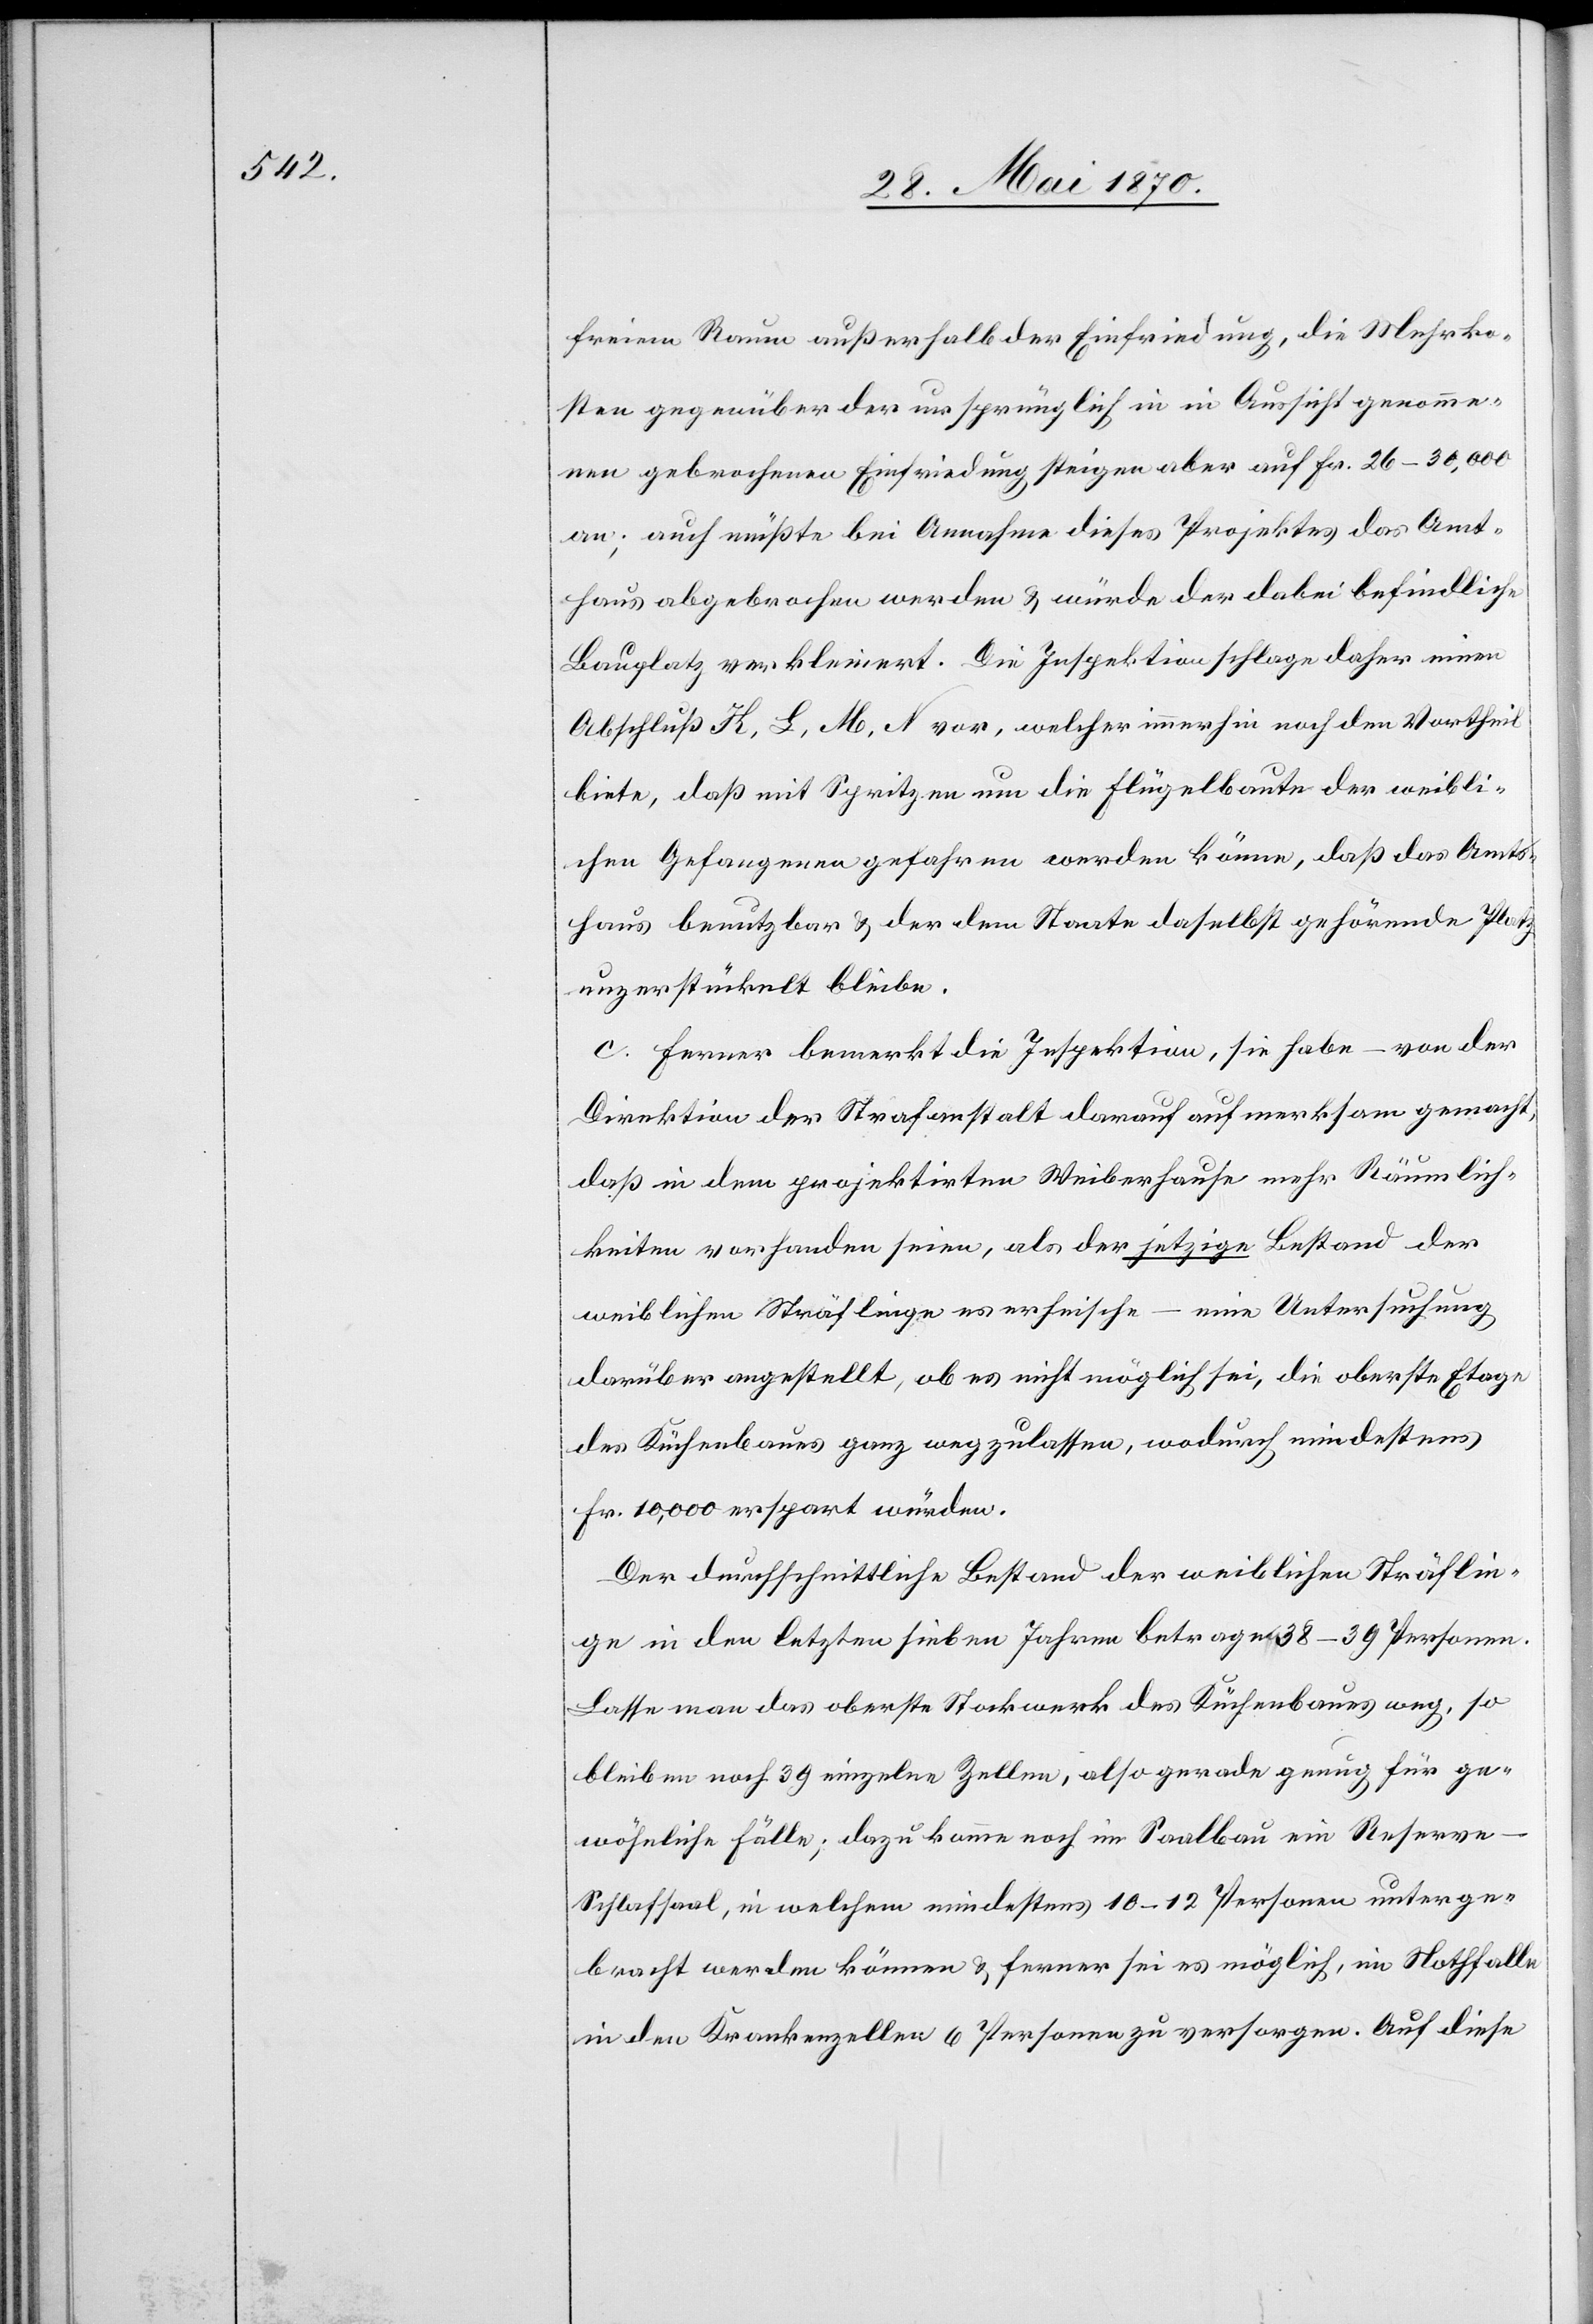
freiem Raum außerhalb der Einfriedung, die Mehrko¬
sten gegenüber der ursprünglich in in [sic!] Aussicht genomm¬
en gebrochenen Einfriedung steigen aber auf Fr. 26–30,000
an; auch müßte bei Annahme dieses Projektes das Amt¬
haus abgebrochen werden & würde der dabei befindliche
Bauplatz verkleinert. Die Inspektion schlage daher einen
Abschluß K, L, M, N vor, welcher immerhin noch den Vortheil
biete, daß mit Spritzen um die Flügelbaute der weibli¬
chen Gefangenen gefahren werden könne, daß das Amta-s-a¬
haus benutzbar & der dem Staate daselbst gehörende Platz
unzerstückelt bliebe.
c. Ferner bemerkt die Inspektion, sie habe – von der
Direktion der Strafanstalt darauf aufmerksam gemacht,
daß in dem projektirten Weiberhause mehr Räumlich¬
keiten vorhanden seien, als der jetzige Bestand der
weiblichen Sträflinge es erheische – eine Untersuchung
darüber angestellt, ob es nicht möglich sei, die oberste Etage
des Küchenbaues ganz wegzulassen, wodurch mindestens
Fr. 10,000 erspart würden.
Der durchschnittliche Bestand der weiblichen Sträflin¬
ge in den letzten sieben Jahren betrage 38–39 Personen.
Lasse man das oberste Stockwerk des Küchenbaues weg, so
bleiben noch 39 einzelne Zellen, also gerade genug für ge¬
wöhnliche Fälle; dazu kann noch im Saalbau ein Reserv¬
e-Schlafsaal, in welchem mindestens 10–12 Personen unterge¬
bracht werden können, & ferner sei es möglich, im Nothfalle
in den Krankenzellen 6 Personen zu versorgen. Auf diese